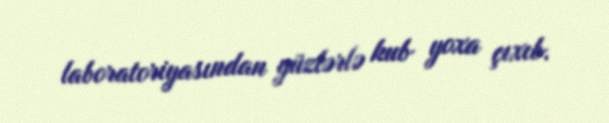
laboratoriyasından yüzlərlə kub yoxa çıxıb.